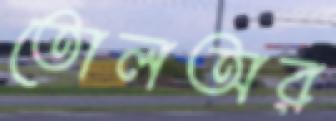
তোলঅর